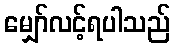
မျှော်လင့်ရပါသည်